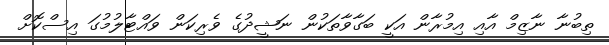
ތިބުނާ ނާޒިމް އާއި އިމުރާން އަކީ ބަގާވާތަކުން ނަޝީދުގެ ވެރިކަން ވައްޓާލުމުގަ އިސްކޮށް